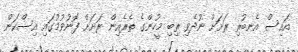
އައިސް އެނބުރި ރަށަށް ނުދެވި ތިބި މީހުންގެ ތެރެއިން ރަށަށް ފޮނުވުމުގަައި އިސްކަން